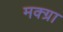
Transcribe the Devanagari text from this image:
मक्ग्रा